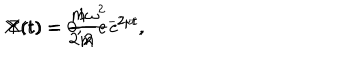
LaTeX: X ( t ) = \frac { 1 } { 2 m } e ^ { - 2 \mu t } , \hspace { 1 c m } Y ( t ) = 0 , \hspace { 1 c m } Z ( t ) = \frac { m \omega ^ { 2 } } { 2 } e ^ { 2 \mu t } ,